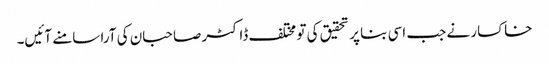
خاکسار نے جب اسی بنا پر تحقیق کی تو مختلف ڈاکٹر صاحبان کی آرا سامنے آئیں۔